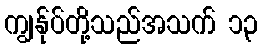
ကျွန်ုပ်တို့သည်အသက် ၁၃